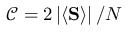
\ensuremath { \mathcal { C } } = 2 \left\lvert \left\langle \ensuremath { \mathbf { S } } \right\rangle \right\rvert / N